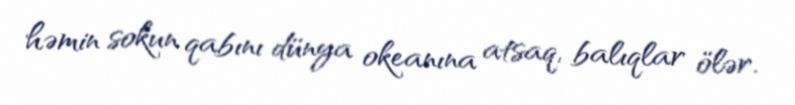
həmin sokun qabını dünya okeanına atsaq, balıqlar ölər.